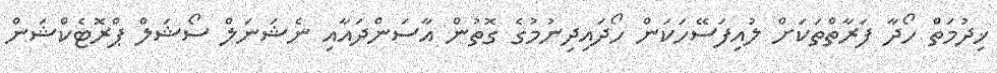
ޚިދުމަތް ހޯދާ ފަރާތްތަކަށް ލުއިފަސޭހަކަން ހޯދައިދިނުމުގެ ގޮތުން އާސަންދައާއި ނެޝަނަލް ސޯޝަލް ޕްރޮޓެކްޝަން